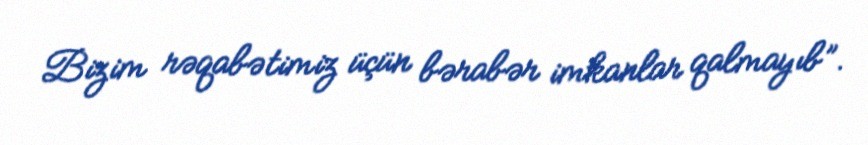
Bizim rəqabətimiz üçün bərabər imkanlar qalmayıb”.